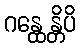
ဂန္ထေန္တိပိ